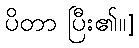
ပိတာ ပြီး၏။]